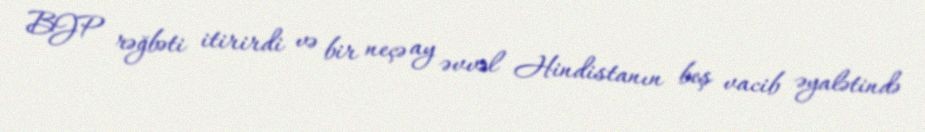
BJP rəğbəti itirirdi və bir neçə ay əvvəl Hindistanın beş vacib əyalətində